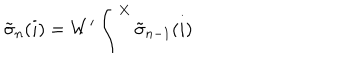
LaTeX: { \tilde { \sigma } } _ { n } ( i ) = W ^ { \prime } \int ^ { X } { \tilde { \sigma } } _ { n - 1 } ( i )